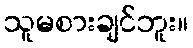
သူမစားချင်ဘူး။